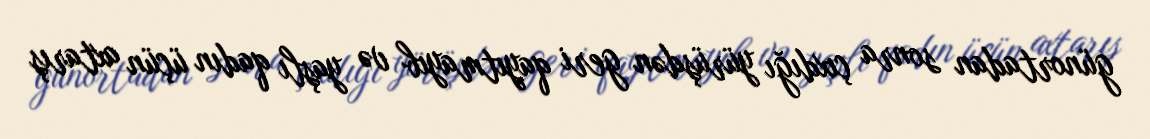
günortadan sonra çıxdığı yürüşdən geri qayıtmayıb və yaşlı qadın üçün axtarış